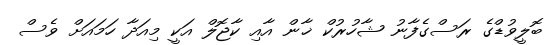
ބޮލީވުޑްގެ ރަސްގެފާނު ޝާހުރުކް ޚާން އާއި ކާޖޮލް އަކީ މިއަދާ ހަމައަށް ވެސް